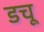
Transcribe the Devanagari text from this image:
डचू